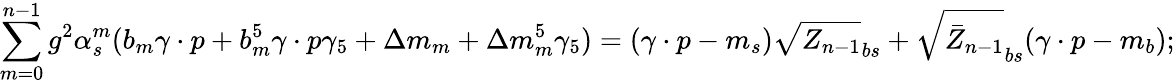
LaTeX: \sum_{m=0}^{n-1}g^{2}\alpha_{s}^{m}(b_{m}\gamma\cdot p+b_{m}^{5}\gamma\cdot p\gamma_{5}+\Delta m_{m}+\Delta m_{m}^{5}\gamma_{5})=(\gamma\cdot p-m_{s})\sqrt{Z_{n-1}}_{bs}+\sqrt{\bar{Z}_{n-1}}_{bs}(\gamma\cdot p-m_{b});